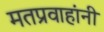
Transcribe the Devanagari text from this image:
मतप्रवाहांनी